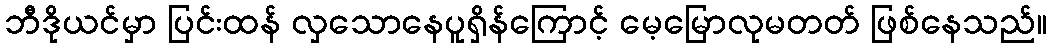
ဘီဒိုယင်မှာ ပြင်းထန် လှသောနေပူရှိန်ကြောင့် မေ့မြောလုမတတ် ဖြစ်နေသည်။